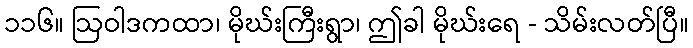
၁၁၆။ ဩဝါဒကထာ၊ မိုဃ်းကြီးရွာ၊ ဤခါ မိုဃ်းရေ - သိမ်းလတ်ပြီ။